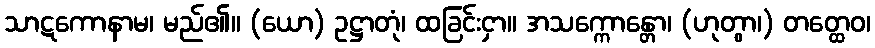
သာဋကောနာမ၊ မည်၏။ (ယော) ဥဋ္ဌာတုံ၊ ထခြင်းငှာ။ အသက္ကောန္တော၊ (ဟုတွာ၊) တတ္ထေဝ၊